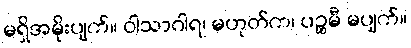
မရှိအမိုးပျက်။ ဝါသာဂါရ၊ မဟုတ်က၊ ပဉ္စမီ မပျက်။